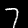
Digit: 7